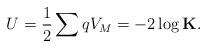
LaTeX: \begin{align*}U=\dfrac{1}{2}\sum q V_{M}=-2\log\mathbf{K}.\end{align*}